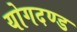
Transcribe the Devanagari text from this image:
योगदण्ड